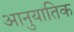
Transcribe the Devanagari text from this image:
आनुयातिक